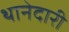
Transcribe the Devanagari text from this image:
थानेदारी